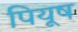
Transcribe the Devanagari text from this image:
पियूष